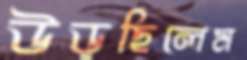
উড়ছিলেম